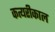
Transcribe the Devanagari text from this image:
कत्यरीकाल